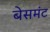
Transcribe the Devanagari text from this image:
बेसमंट